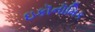
ઇકૉનૉમિક